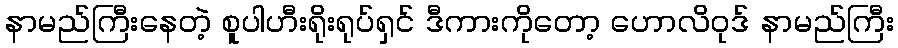
နာမည်ကြီးနေတဲ့ စူပါဟီးရိုးရုပ်ရှင် ဒီကားကိုတော့ ဟောလိဝုဒ် နာမည်ကြီး